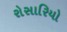
રોસારિયો